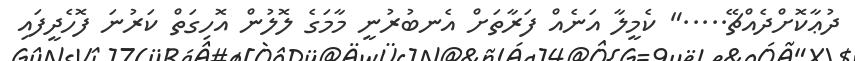
ދުޢާކޮށްދެއްޗޭ....." ކެމީލާ އަނެއް ފަރާތަށް އެނބުރުނީ މާމަގެ ލޮލުން އޮހިގަތް ކަރުނަ ފޮހެދީފައި